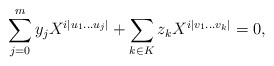
\begin{align*} \sum_{j=0}^{m} y_j X^{i |u_1 \dots u_j|} + \sum_{k \in K} z_k X^{i |v_1 \dots v_k|} = 0,\end{align*}